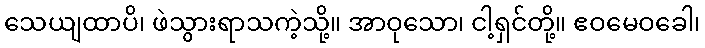
သေယျထာပိ၊ ဖဲသွားရာသကဲ့သို့။ အာဝုသော၊ ငါ့ရှင်တို့။ ဧဝမေဝခေါ၊